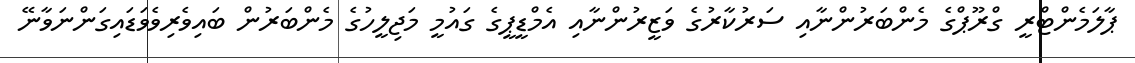
ޕާލަމެންޓްރީ ގްރޫޕްގެ މެންބަރުންނާއި ސަރުކާރުގެ ވަޒީރުންނާއި އެމްޑީޕީގެ ގައުމީ މަޖިލީހުގެ މެންބަރުން ބައިވެރިވެވަޑައިގަންނަވާނޭ